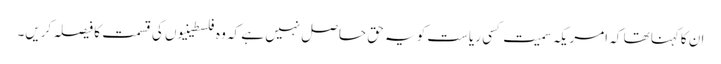
ان کاکہنا تھا کہ امریکہ سمیت کسی ریاست کو یہ حق حاصل نہیں ہے کہ وہ فلسطینیوں کی قسمت کا فیصلہ کریں۔